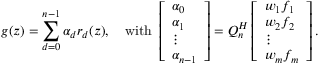
g ( z ) = \sum _ { d = 0 } ^ { n - 1 } \alpha _ { d } r _ { d } ( z ) , \quad \mathrm { w i t h ~ } \left[ \begin{array} { l } { \alpha _ { 0 } } \\ { \alpha _ { 1 } } \\ { \vdots } \\ { \alpha _ { n - 1 } } \end{array} \right] = Q _ { n } ^ { H } \left[ \begin{array} { l } { w _ { 1 } f _ { 1 } } \\ { w _ { 2 } f _ { 2 } } \\ { \vdots } \\ { w _ { m } f _ { m } } \end{array} \right] .